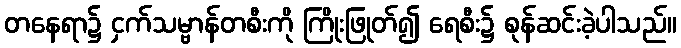
တနေရာ၌ ငှက်သမ္ဗာန်တစီးကို ကြိုးဖြုတ်၍ ရေစီး၌ စုန်ဆင်းခဲ့ပါသည်။